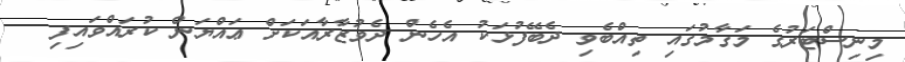
މިނިސްޓަރުގެ މަގާމުގައި ތިއްބެވި ދެބޭފުޅަކު އެހެން ދެވުޒާރާއަކަށް ޢައްޔަން ކުރައްވައިފި